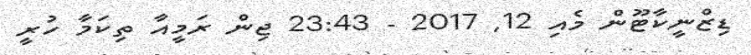
ޑިޒްނީކާޓޫން މެއި 12